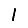
Digit: 1